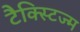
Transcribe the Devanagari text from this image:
टैक्स्टिज्म